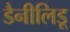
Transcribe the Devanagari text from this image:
डैनीलिडू